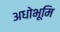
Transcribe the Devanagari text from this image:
अधोभूमि